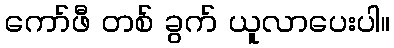
ကော်ဖီ တစ် ခွက် ယူလာပေးပါ။